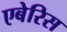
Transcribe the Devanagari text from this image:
एबेरिस